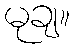
မုချ။